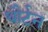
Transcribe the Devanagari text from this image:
थौर्टन